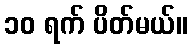
၁၀ ရက် ပိတ်မယ်။